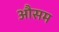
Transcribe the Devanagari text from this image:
औसम